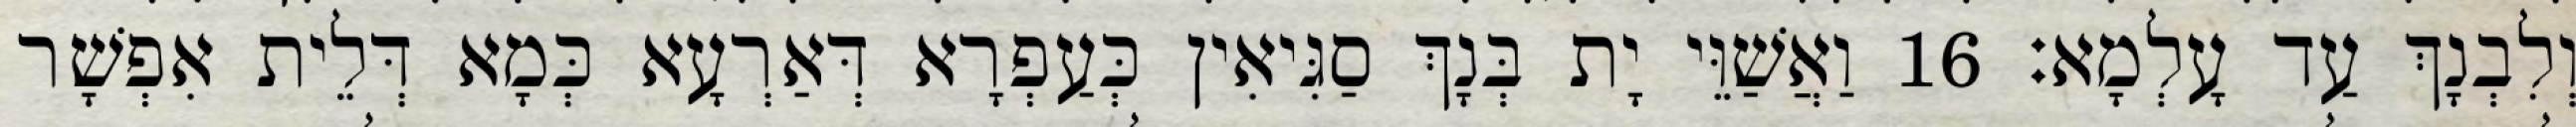
וְלִבְנָךְ עַד עָלְמָא׃ 16 וַאֲשַׁוֵּי יָת בְּנָךְ סַגִּיאִין כְּעַפְרָא דְּאַרְעָא כְּמָא דְּלֵית אִפְשָׁר